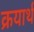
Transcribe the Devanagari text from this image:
क्रयार्थ